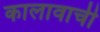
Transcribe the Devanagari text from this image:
कालावाची